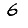
Digit: 6